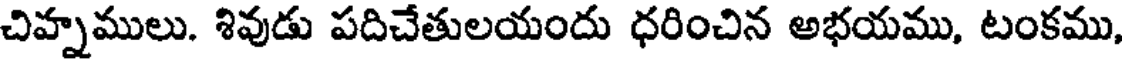
చిహ్నములు. శివుడు పదిచేతులయందు ధరించిన అభయము, టంకము,